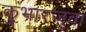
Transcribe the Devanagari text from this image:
कुंभारजुवा